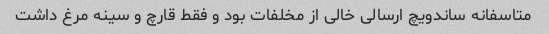
متاسفانه ساندویچ ارسالی خالی از مخلفات بود و فقط قارچ و سینه مرغ داشت